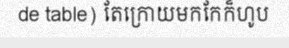
de table) តែក្រោយមកកែក៏ហូប